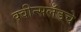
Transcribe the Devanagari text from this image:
क्वीन्सलँडचे